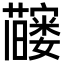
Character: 𬟗